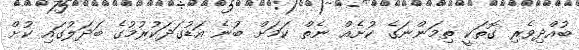
ބުއްދިވެރި ގޮތަކީ ތިމަންނަގެ ކުށެއް ނެތް ކަމަށް ބުނެ އަޑުގަދަކުރުމުގެ ބަދަލުގައި ކުށް